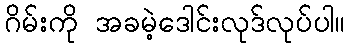
ဂိမ်းကို အခမဲ့ဒေါင်းလုဒ်လုပ်ပါ။